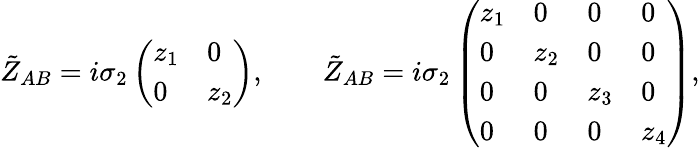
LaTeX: \tilde{Z}_{AB}=i\sigma_{2}\left(\begin{array}{ll}{{z_{1}}}&{{0}}\\ {{0}}&{{z_{2}}}\end{array}\right),\qquad\tilde{Z}_{AB}=i\sigma_{2}\left(\begin{array}{llll}{{z_{1}}}&{{0}}&{{0}}&{{0}}\\ {{0}}&{{z_{2}}}&{{0}}&{{0}}\\ {{0}}&{{0}}&{{z_{3}}}&{{0}}\\ {{0}}&{{0}}&{{0}}&{{z_{4}}}\end{array}\right),